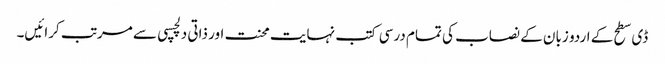
ڈی سطح کے اردو زبان کے نصاب کی تمام درسی کتب نہایت محنت اور ذاتی دلچسپی سے مرتب کرائیں۔